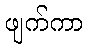
ဖျက်ကာ